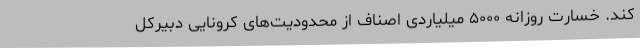
کند. خسارت روزانه ۵۰۰۰ میلیاردی اصناف از محدودیت‌های کرونایی دبیرکل